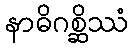
နာဓိဂစ္ဆိဿံ